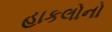
હાકલોનો